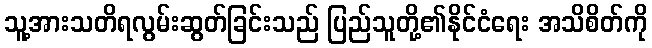
သူ့အားသတိရလွမ်းဆွတ်ခြင်းသည် ပြည်သူတို့၏နိုင်ငံရေး အသိစိတ်ကို